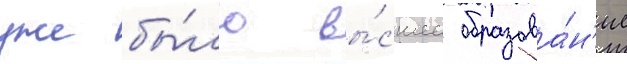
уже бы́ло вы́сшее образова́н'ие